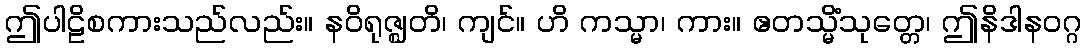
ဤပါဠိစကားသည်လည်း။ နဝိရုဇ္ဈတိ၊ ကျင်။ ဟိ ကသ္မာ၊ ကား။ ဧတသ္မိံသုတ္တေ၊ ဤနိဒါနဝဂ္ဂ